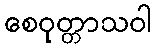
စေဝုတ္တာသဝါ